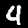
Label: 4